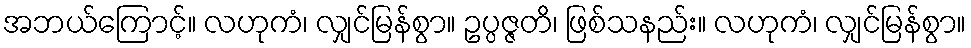
အဘယ်ကြောင့်။ လဟုကံ၊ လျှင်မြန်စွာ။ ဥပ္ပဇ္ဇတိ၊ ဖြစ်သနည်း။ လဟုကံ၊ လျှင်မြန်စွာ။